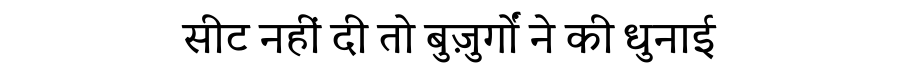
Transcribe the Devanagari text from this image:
सीट नहीं दी तो बुज़ुर्गों ने की धुनाई